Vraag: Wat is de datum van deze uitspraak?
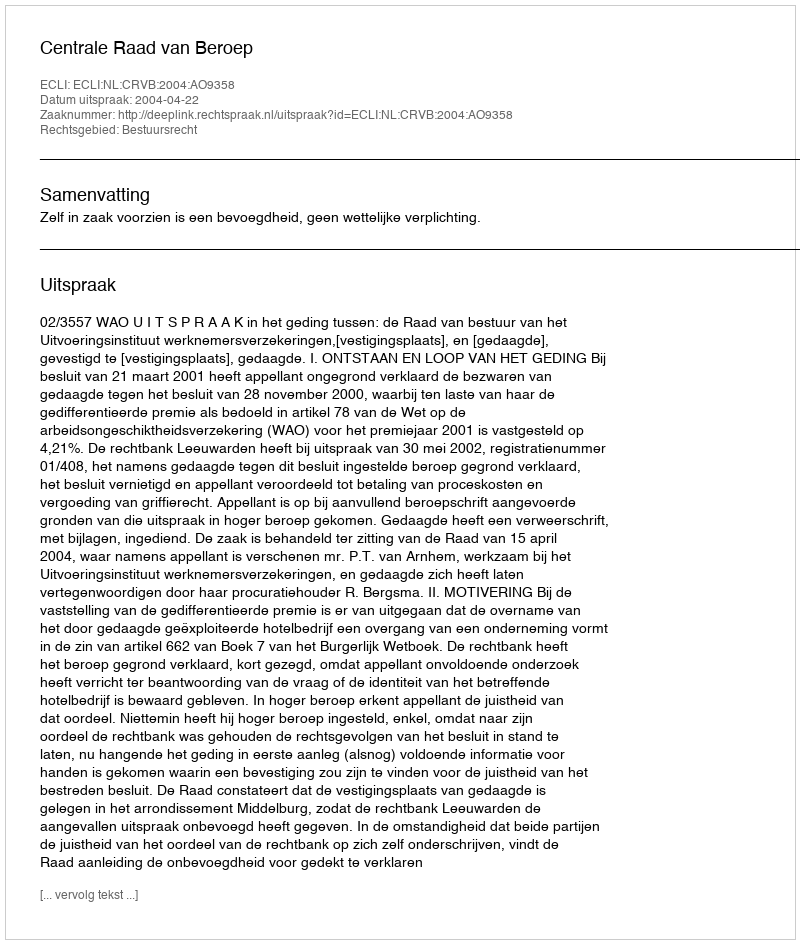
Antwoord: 2004-04-22